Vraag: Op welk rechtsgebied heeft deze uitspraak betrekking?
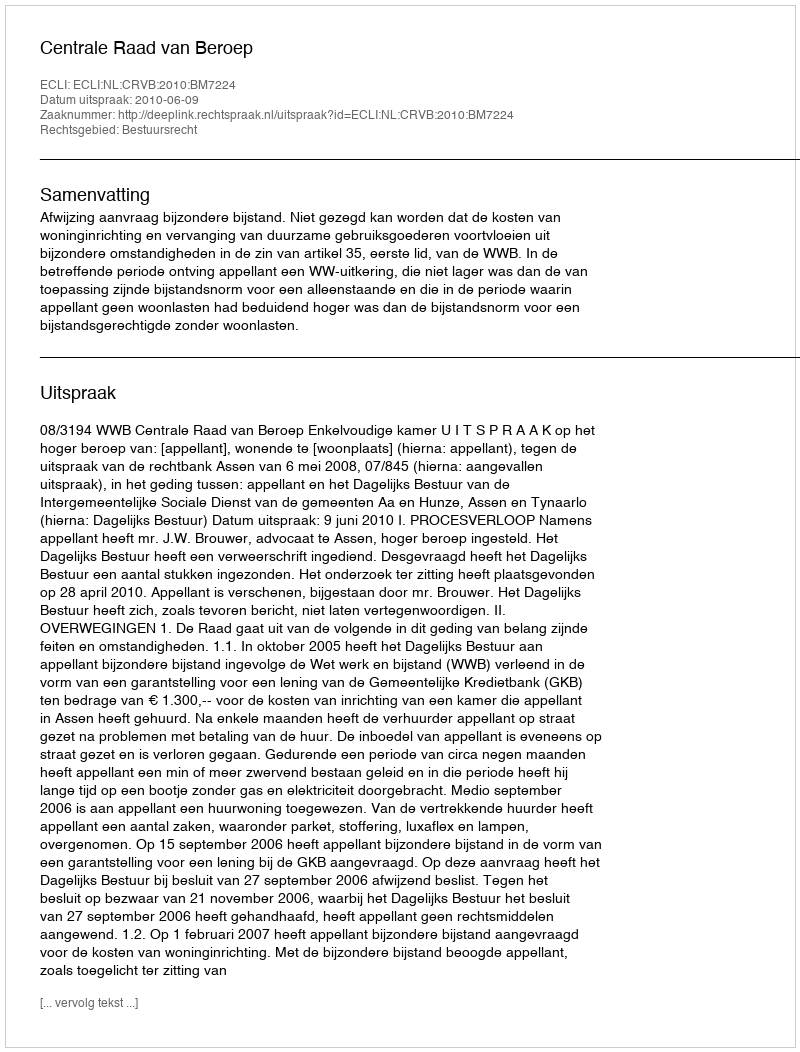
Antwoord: Bestuursrecht